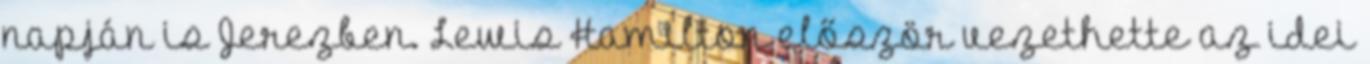
napján is Jerezben. Lewis Hamilton először vezethette az idei